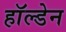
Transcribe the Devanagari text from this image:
हाॅल्डेन